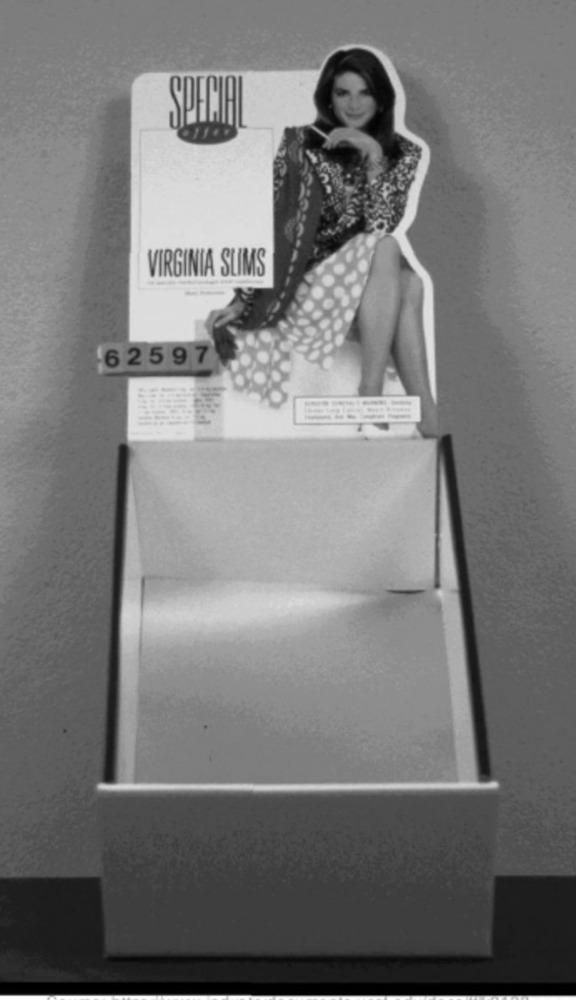
SPECIAL
VIRGINIA SLIMS
62597